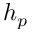
h _ { p }